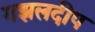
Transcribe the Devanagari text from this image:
गझलदीप